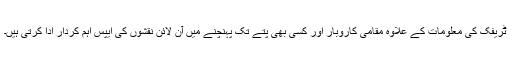
ٹریفک کی معلومات کے علاوہ مقامی کاروبار اور کسی بھی پتے تک پہنچنے میں آن لائن نقشوں کی ایپس اہم کردار ادا کرتی ہیں۔